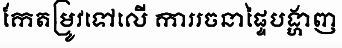
កែតម្រូវទៅលើ ការរចនាផ្ទៃបង្ហាញ